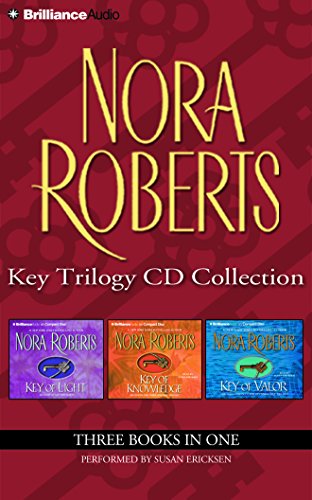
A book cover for Nora Roberts Key Trilogy CD Collection: Key of Light, Key of Knowledge, Key of Valor; Nora Roberts; Romance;